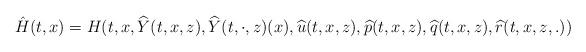
LaTeX: \begin{align*} \hat{H}(t,x)=H(t,x,\widehat{Y}(t,x,z),\widehat{Y}(t,\cdot,z)(x),\widehat{u}(t,x,z),\widehat{p}(t,x,z),\widehat{q}(t,x,z),\widehat{r}(t,x,z,.)) \end{align*}